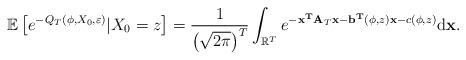
LaTeX: \begin{align*} \mathbb{E}\left[e^{-Q_T(\phi,X_0,\mathbf{\varepsilon})}|X_0=z\right]= \frac{1}{\left(\sqrt{2\pi}\right)^T}\int_{\mathbb{R}^T}e^{-\mathbf{x^TA}_T\mathbf{x}-\mathbf{b^T}(\phi,z)\mathbf{x}-c(\phi,z)} \mathrm{d}\mathbf{x}. \end{align*}